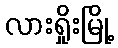
လားရှိုးမြို့